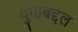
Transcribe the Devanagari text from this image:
युगाबद्दल